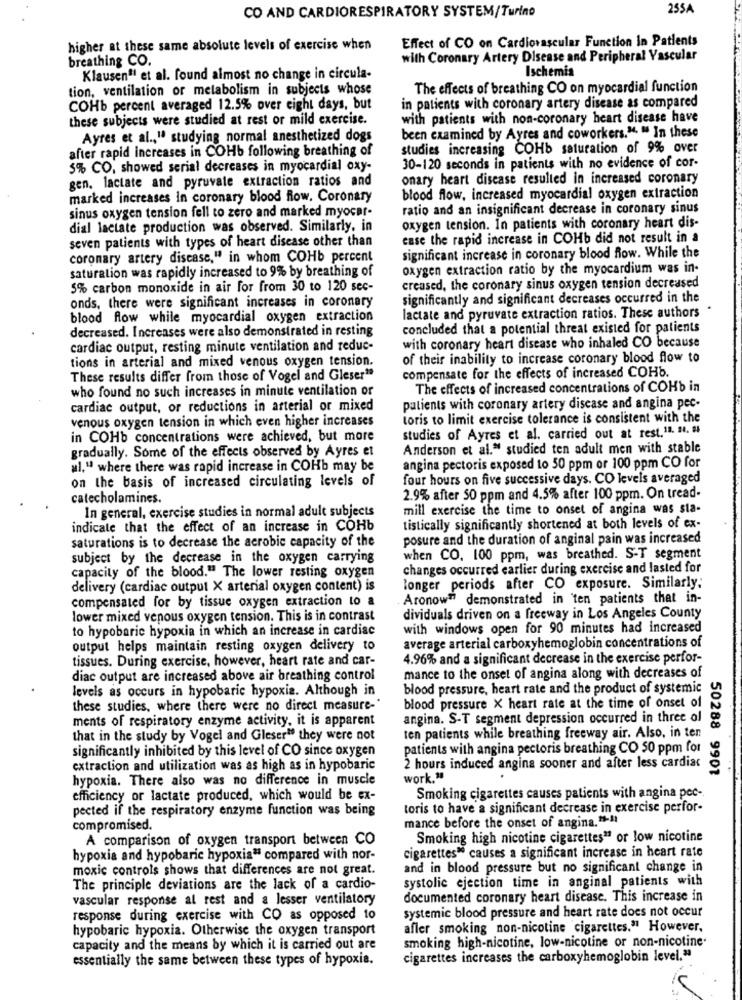
CO AND CARDIORESPIRATORY SYSTEM/Turino
255A
Effect of CO on Cardiovascular Function In Patients
higher at these same absolute levels of exercise when
breathing CO.
with Coronary Artery Disease and Peripheral Vascular
Ischemia
Klausenª et al. found almost no change in circula-
tion, ventilation or metabolism in subjects whose
The effects of breathing CO on myocardial function
COHb percent averaged 12.5% over eight days, but
in patients with coronary artery disease as compared
these subjects were studied at rest or mild exercise.
with patients with non-coronary heart disease have
Ayres et al ., " studying normal anesthetized dogs
been examined by Ayres and coworkers.". " In these
after rapid increases in COHb following breathing of
studies increasing COHb saturation of 9% over
5% CO, showed serial decreases in myocardial oxy-
30-120 seconds in patients with no evidence of cor-
gen. lactate and pyruvate extraction ratios and
onary heart disease resulted in increased coronary
marked increases in coronary blood Row. Coronary
blood flow, increased myocardial oxygen extraction
sinus oxygen tension fell to zero and marked myocar-
ratio and an insignificant decrease in coronary sinus
dial lactate production was observed. Similarly, in
oxygen tension. In patients with coronary heart dis-
seven patients with types of heart disease other than
case the rapid increase in COHb did not result in a
coronary artery disease," in whom COHb percent
significant increase in coronary blood Row. While the
saturation was rapidly increased to 9% by breathing of
oxygen extraction ratio by the myocardium was in.
5% carbon monoxide in air for from 30 to 120 sec-
creased, the coronary sinus oxygen tension decreased
onds, there were significant increases in coronary
significantly and significant decreases occurred in the
blood flow while myocardial oxygen extraction
lactate and pyruvate extraction ratios. These authors
decreased. Increases were also demonstrated in resting
concluded that a potential threat existed for patients
cardiac output, resting minute ventilation and reduc-
with coronary heart disease who inhaled CO because
tions in arterial and mixed venous oxygen tension.
of their inability to increase coronary blood flow to
compensate for the effects of increased COHb.
These results differ from those of Vogel and Gleser"
who found no such increases in minute ventilation or
The effects of increased concentrations of COHb in
cardiac output, or reductions in arterial or mixed
patients with coronary artery disease and angina pec-
venous oxygen tension in which even higher increases
toris to limit exercise tolerance is consistent with the
in COHb concentrations were achieved, but more
studies of Ayres et al. carried out at rest. 11. 14. #
gradually. Some of the effects observed by Ayres et
Anderson et al." studied ten adult men with stable
ul," where there was rapid increase in COHb may be
angina pectoris exposed to 50 ppm or 100 ppm CO for
on the basis of increased circulating levels of
four hours on five successive days. CO levels averaged
catecholamines.
2.9% after 50 ppm and 4.5% after 100 ppm. On tread-
mill exercise the time to onset of angina was sta-
In general, exercise studies in normal adult subjects
indicate that the effect of an increase in COHb
tistically significantly shortened at both levels of ex-
posure and the duration of anginal pain was increased
saturations is to decrease the aerobic capacity of the
subject by the decrease in the oxygen carrying
when CO. 100 ppm, was breathed. S-T segment
changes occurred earlier during exercise and lasted for
capacity of the blood." The lower resting oxygen
delivery (cardiac output X arterial oxygen content) is
longer periods after CO exposure. Similarly:
compensated for by tissue oxygen extraction to a
Aronow™ demonstrated in 'ten patients that in-
lower mixed venous oxygen tension. This is in contrast
dividuals driven on a freeway in Los Angeles County
to hypobaric hypoxia in which an increase in cardiac
with windows open for 90 minutes had increased
average arterial carboxyhemoglobin concentrations of
output helps maintain resting oxygen delivery to
tissues. During exercise, however, heart rate and car-
4.96% and a significant decrease in the exercise perfor-
diac output are increased above air breathing control
mance to the onset of angina along with decreases of
levels as occurs in hypobaric hypoxia. Although in
blood pressure, heart rate and the product of systemic
these studies, where there were no direct measure-"
blood pressure X heart rate at the time of onset of
ments of respiratory enzyme activity, it is apparent
angina. S-T segment depression occurred in three ol
that in the study by Vogel and Gleser" they were not
ten patients while breathing freeway air. Also, in ten
significantly inhibited by this level of CO since oxygen
patients with angina pectoris breathing CO 50 ppm for
extraction and utilization was as high as in hypobaric
2 hours induced angina sooner and after less cardiac
50288 9901
hypoxia. There also was no difference in muscle
work."
efficiency or lactate produced, which would be ex-
Smoking cigarettes causes patients with angina pee-
pected if the respiratory enzyme function was being
toris to have a significant decrease in exercise perfor-
mance before the onset of angina."-11
compromised.
A comparison of oxygen transport between CO
Smoking high nicotine cigarettes" or low nicotine
cigarettes" causes a significant increase in heart rate
hypoxia and hypobaric hypoxia" compared with nor-
moxic controls shows that differences are not great.
and in blood pressure but no significant change in
systolic ejection time in anginal patients with
The principle deviations are the lack of a cardio-
vascular response al rest and a lesser ventilatory
documented coronary heart disease. This increase in
systemic blood pressure and heart rate does not occur
response during exercise with CO as opposed to
hypobaric hypoxia. Otherwise the oxygen transport
afler smoking non-nicotine cigarettes." However,
capacity and the means by which it is carried out are
smoking high-nicotine, low-nicotine or non-nicotine.
essentially the same between these types of hypoxia.
cigarettes increases the carboxyhemoglobin level."